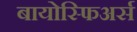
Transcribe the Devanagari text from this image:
बायोस्फिअर्स